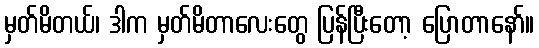
မှတ်မိတယ်၊ ဒါက မှတ်မိတာလေးတွေ ပြန်ပြီးတော့ ပြောတာနော်။